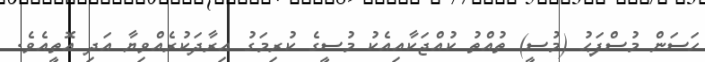
ހަސަން މުސްފަޙު (މުސީ) ތުއްތު ކުއްޖަކާއިއެކު މުސީގެ ކުރިމަގު އިރާދަކުރެއްވިޔާ އަދި އޮތީއެވެ.